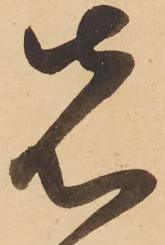
先